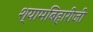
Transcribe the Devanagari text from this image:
श्यामबिहारीजी